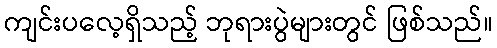
ကျင်းပလေ့ရှိသည့် ဘုရားပွဲများတွင် ဖြစ်သည်။